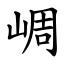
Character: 㟘